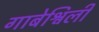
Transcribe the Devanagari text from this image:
गाबेश्विली